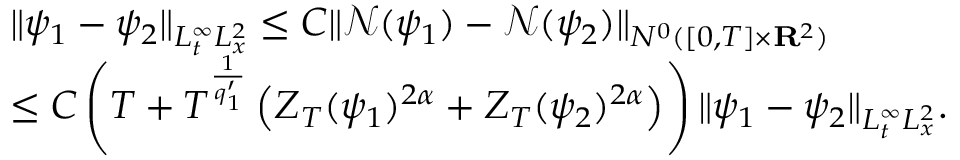
\begin{array} { r l } & { \| \psi _ { 1 } - \psi _ { 2 } \| _ { L _ { t } ^ { \infty } L _ { x } ^ { 2 } } \leq C \| \mathcal { N } ( \psi _ { 1 } ) - \mathcal { N } ( \psi _ { 2 } ) \| _ { N ^ { 0 } ( [ 0 , T ] \times { \mathbf R } ^ { 2 } ) } } \\ & { \leq C \left( T + T ^ { \frac { 1 } { q _ { 1 } ^ { \prime } } } \left( Z _ { T } ( \psi _ { 1 } ) ^ { 2 \alpha } + Z _ { T } ( \psi _ { 2 } ) ^ { 2 \alpha } \right) \right) \| \psi _ { 1 } - \psi _ { 2 } \| _ { L _ { t } ^ { \infty } L _ { x } ^ { 2 } } . } \end{array}